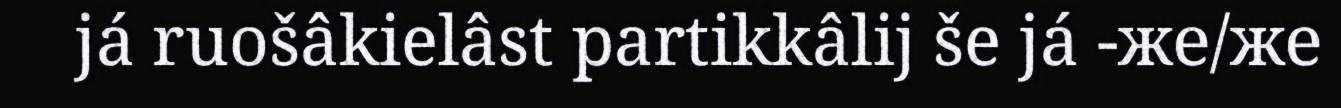
já ruošâkielâst partikkâlij še já -же/же